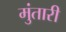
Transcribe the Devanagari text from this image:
मुंतारी